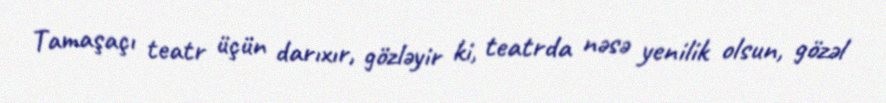
Tamaşaçı teatr üçün darıxır, gözləyir ki, teatrda nəsə yenilik olsun, gözəl